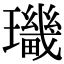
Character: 㼄